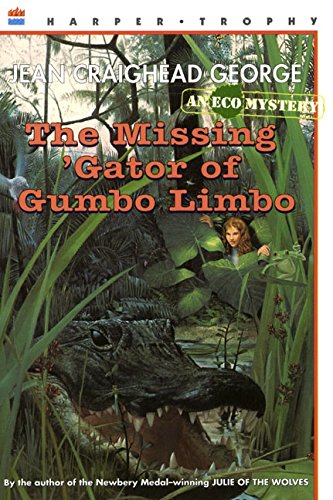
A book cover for The Missing 'Gator of Gumbo Limbo; Jean Craighead George; Children's Books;